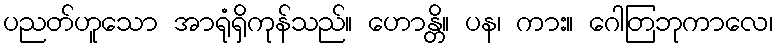
ပညတ်ဟူသော အာရုံရှိကုန်သည်။ ဟောန္တိ။ ပန၊ ကား။ ဂေါတြဘုကာလေ၊